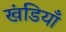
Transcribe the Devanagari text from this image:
खंडियाँ